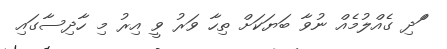
ްަދި ގެއްލުމެއް ނުވާ ބަޔަކަށް ތިހާ ވަރު ވީ އިރު މި ހާދިސާގައި